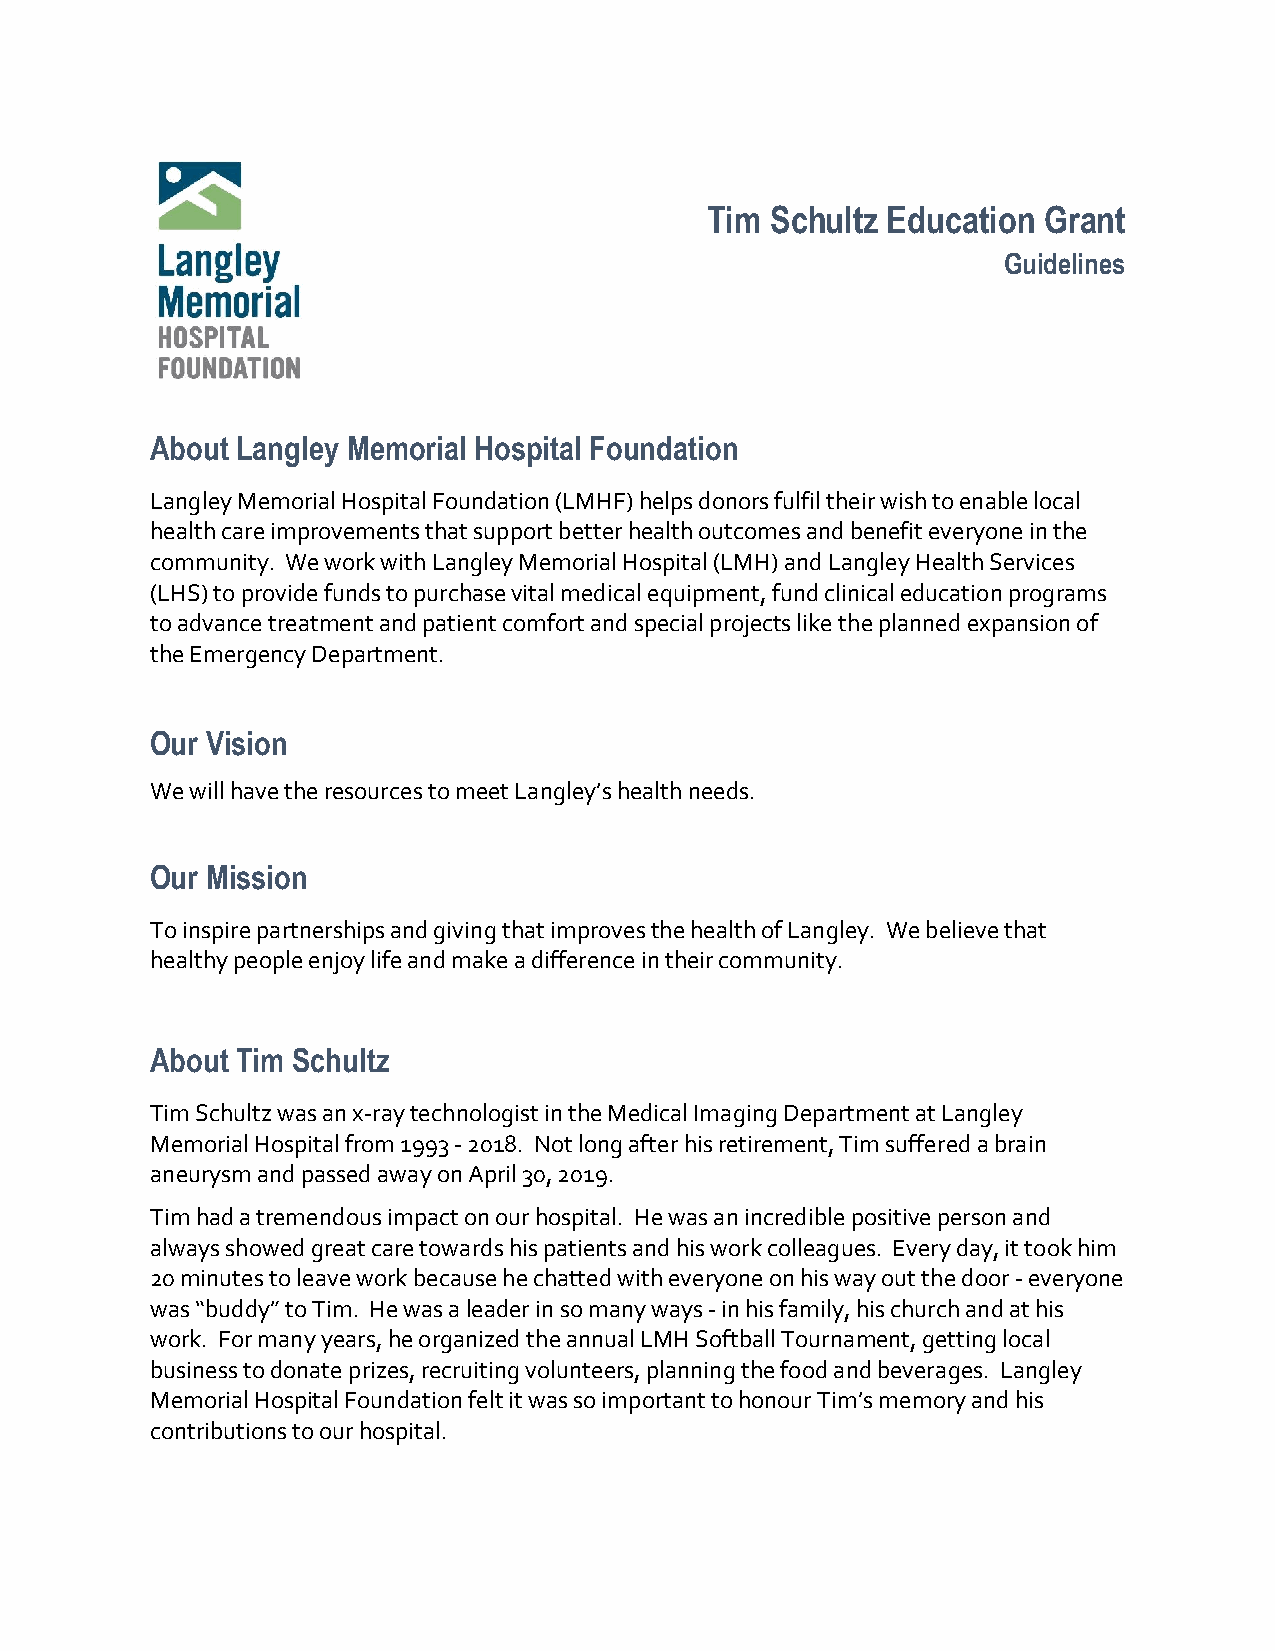
Tim Schultz Education Grant
 Guidelines
 About Langley Memorial Hospital Foundation
 Langley Memorial Hospital Foundation (LMHF) helps donors fulfil their wish to enable local
 health care improvements that support better health outcomes and benefit everyone in the
 community. We work with Langley Memorial Hospital (LMH) and Langley Health Services
 (LHS) to provide funds to purchase vital medical equipment, fund clinical education programs
 to advance treatment and patient comfort and special projects like the planned expansion of
 the Emergency Department.
 Our Vision
 We will have the resources to meet Langley’s health needs.
 Our Mission
 To inspire partnerships and giving that improves the health of Langley. We believe that
 healthy people enjoy life and make a difference in their community.
 About Tim Schultz
 Tim Schultz was an x-ray technologist in the Medical Imaging Department at Langley
 Memorial Hospital from 1993 - 2018. Not long after his retirement, Tim suffered a brain
 aneurysm and passed away on April 30, 2019.
 Tim had a tremendous impact on our hospital. He was an incredible positive person and
 always showed great care towards his patients and his work colleagues. Every day, it took him
 20 minutes to leave work because he chatted with everyone on his way out the door - everyone
 was “buddy” to Tim. He was a leader in so many ways - in his family, his church and at his
 work. For many years, he organized the annual LMH Softball Tournament, getting local
 business to donate prizes, recruiting volunteers, planning the food and beverages. Langley
 Memorial Hospital Foundation felt it was so important to honour Tim’s memory and his
 contributions to our hospital.